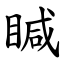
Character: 䁍